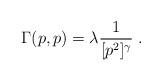
LaTeX: \begin{align*}\Gamma(p,p) = \lambda\frac{1}{[p^2]^\gamma}\;.\end{align*}